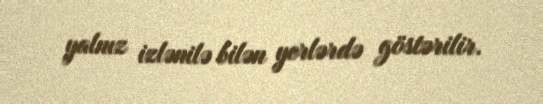
yalnız izlənilə bilən yerlərdə göstərilir.